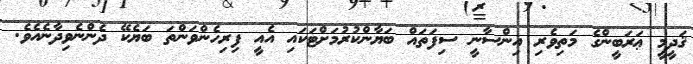
ޤަދީމީ ޢަރަބީންގެ މަތިވެރި އިންސާނީ ސިފަތައް ބަޔާންކުރުމަށްޓަކައި އެއީ ފިރިހެންވަންތަ ބަޔެކޭ ދެންނެވިދާނެއެވެ.